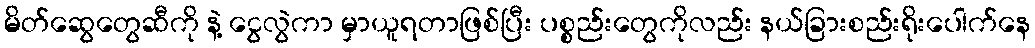
မိတ်ဆွေတွေဆီကို နဲ့ ငွေလွဲကာ မှာယူရတာဖြစ်ပြီး ပစ္စည်းတွေကိုလည်း နယ်ခြားစည်းရိုးပေါက်နေ